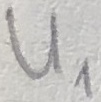
Text: U1